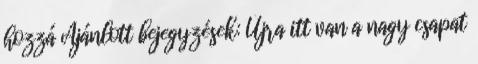
hozzá Ajánlott bejegyzések: Újra itt van a nagy csapat